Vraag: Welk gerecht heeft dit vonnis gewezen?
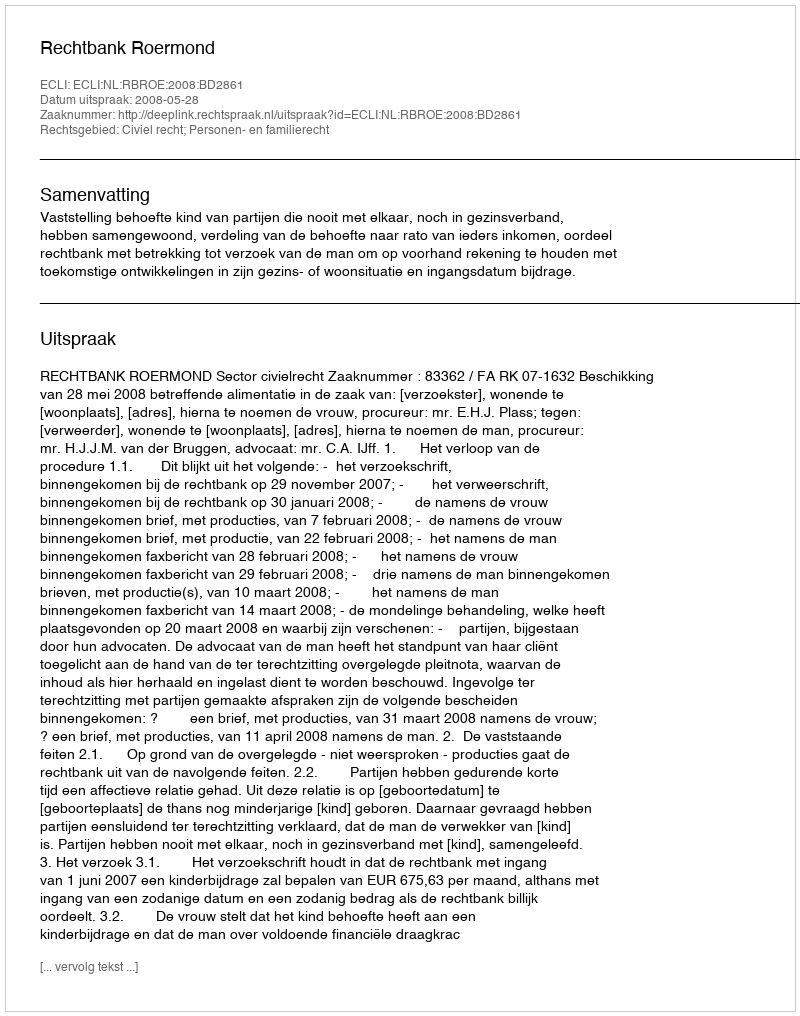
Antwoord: Rechtbank Roermond